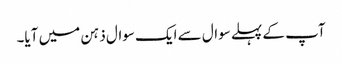
آپ کے پہلے سوال سے ایک سوال ذہن میں آیا۔